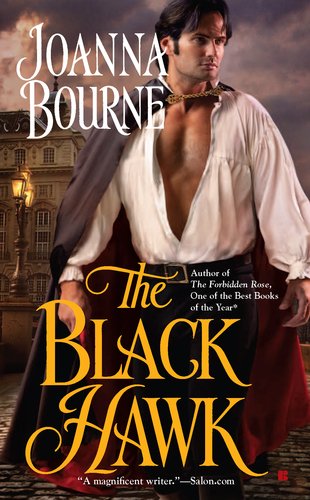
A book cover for The Black Hawk (Berkley Sensation); Joanna Bourne; Romance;